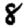
Digit: 8